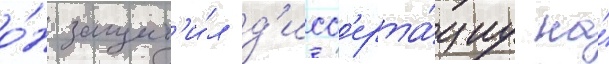
о́н защит'и́л д'исс'ерта́циу на́